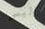
أليس